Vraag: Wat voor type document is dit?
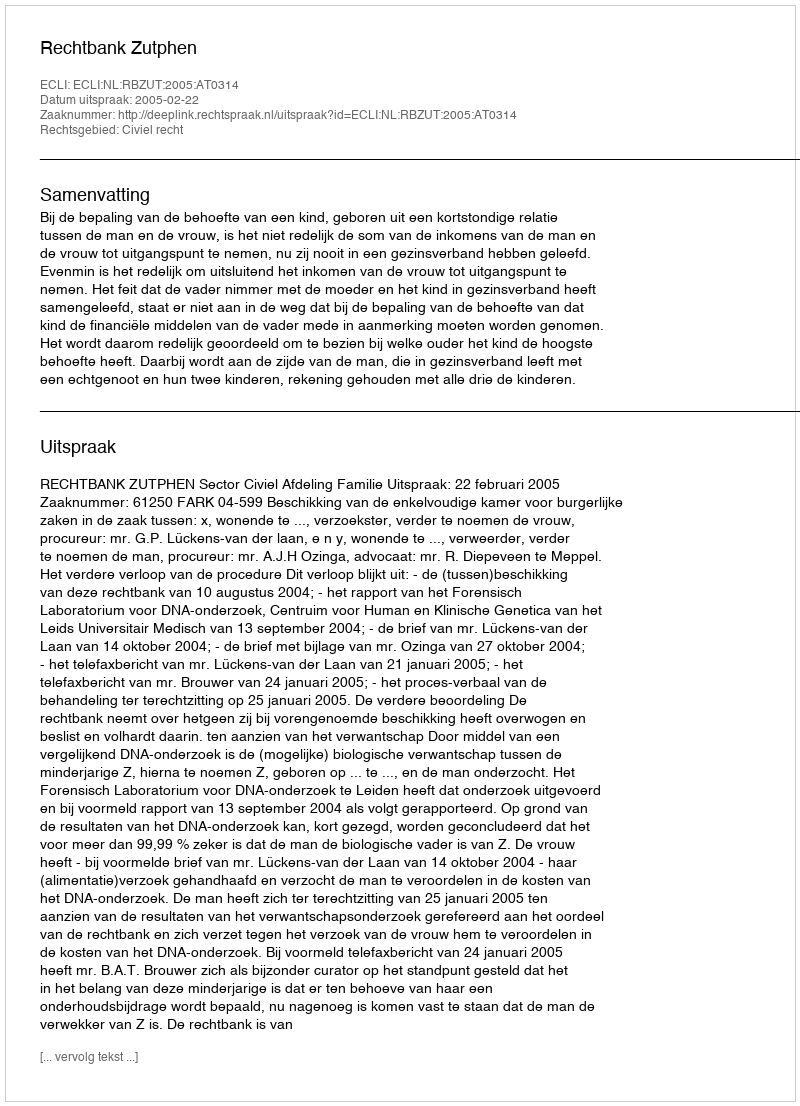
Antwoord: Uitspraak